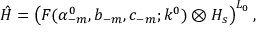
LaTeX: \hat { \cal H } = \left( { \cal F } ( \alpha _ { - m } ^ { 0 } , b _ { - m } , c _ { - m } ; k ^ { 0 } ) \otimes { \cal H } _ { s } \right) ^ { L _ { 0 } } ,